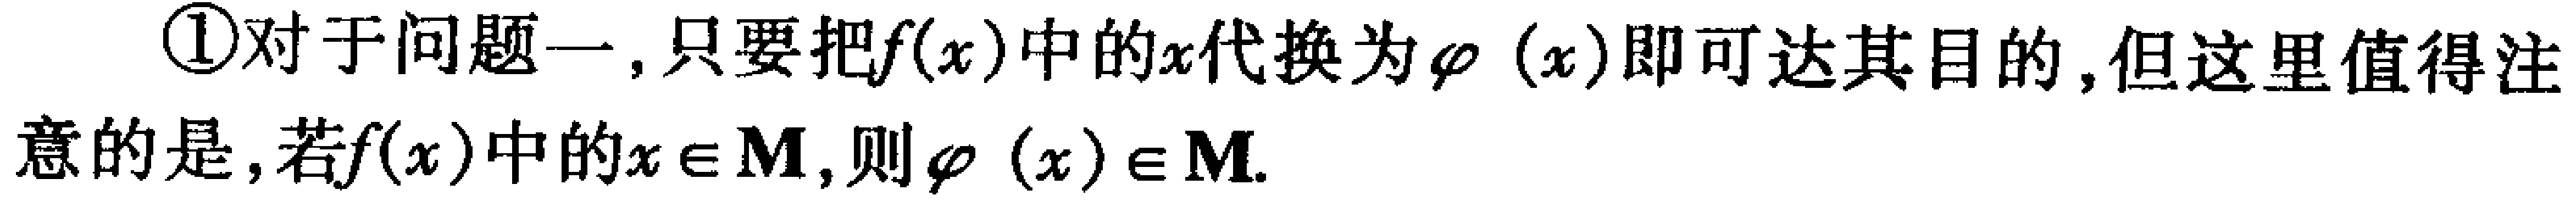
\textcircled{1}对于问题一,只要把\(f(x)\)中的\(x\)代换为\(\varphi(x)\)即可达其目的,但这里值得注意的是,若\(f(x)\)中的\(x\in M\),则\(\varphi(x)\in M\).